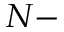
N -